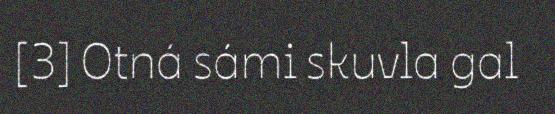
[3] Otná sámi skuvla gal